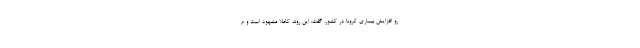
رو افزایش بیماری کرونا در کشور، گفت: این روند کاملا مشهود است و م